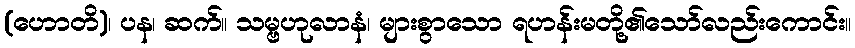
(ဟောတိ)၊ ပန၊ ဆက်။ သမ္ဗဟုလာနံ၊ များစွာသော ရဟန်းမတို့၏သော်လည်းကောင်း။